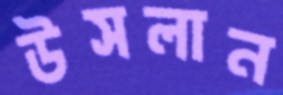
উসলান